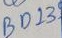
Text: BD139